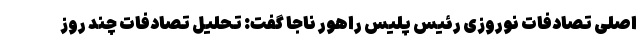
اصلی تصادفات نوروزی رئیس پلیس راهور ناجا گفت: تحلیل تصادفات چند روز